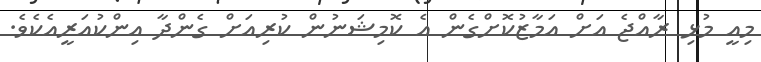
މިއީ މުޅި ރާއްޖެ އަށް އަމާޒުކޮށްގެން އެ ކޮމިޝަނުން ކުރިއަށް ގެންދާ އިންކުއަރީއެކެވެ.